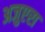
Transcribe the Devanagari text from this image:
अजुएरा